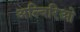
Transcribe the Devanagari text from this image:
अल्बिरिओ